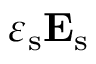
\varepsilon _ { \mathrm { s } } \mathbf { E } _ { \mathrm { s } }